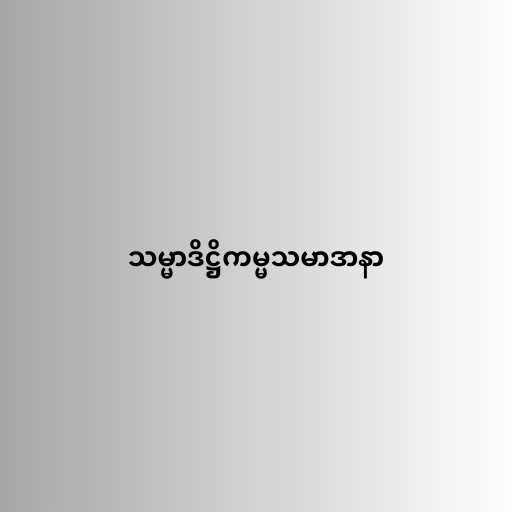
သမ္မာဒိဋ္ဌိကမ္မသမာဒာနာ